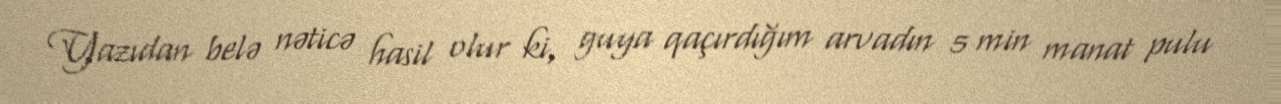
Yazıdan belə nəticə hasil olur ki, guya qaçırdığım arvadın 5 min manat pulu